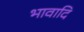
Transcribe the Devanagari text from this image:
भावादि